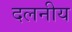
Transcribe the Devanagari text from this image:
दलनीय